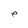
Character: e